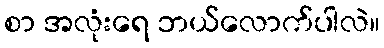
စာ အလုံးရေ ဘယ်လောက်ပါလဲ။